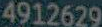
4912629